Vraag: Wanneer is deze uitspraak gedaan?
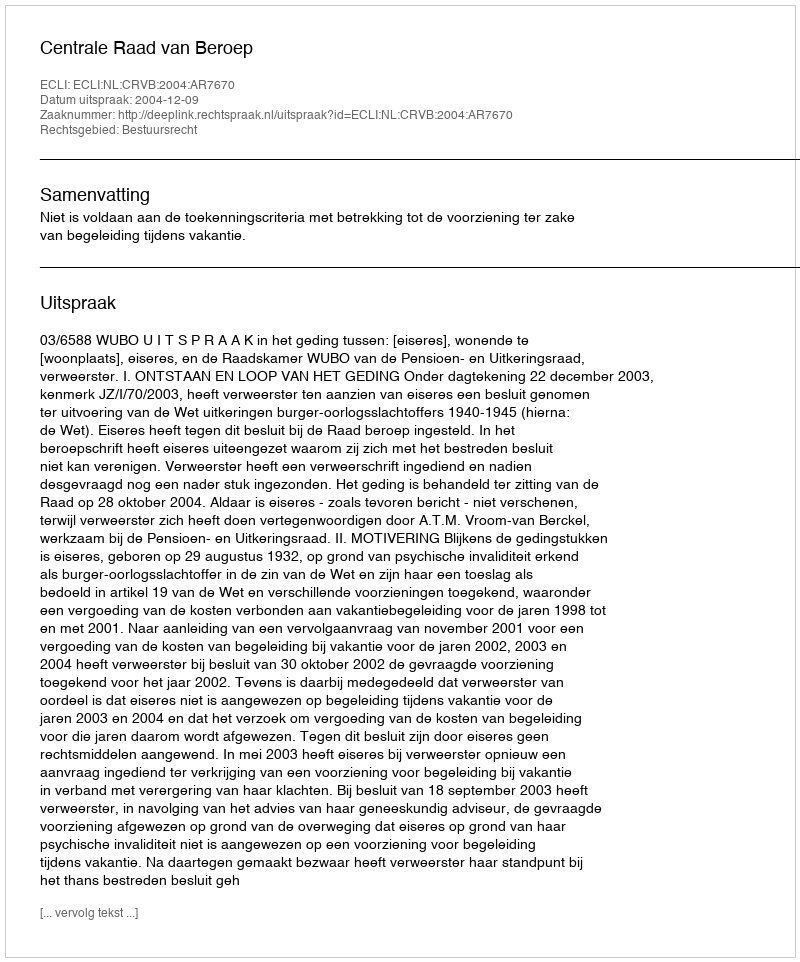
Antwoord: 2004-12-09